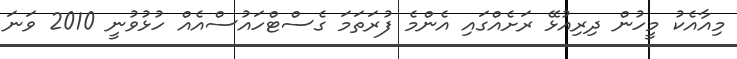
މިއާއެކު މީހުން ދިރިއުޅޭ ރަށެއްގައި އެންމެ ފުރަތަމަ ގެސްޓްހައުސްއެއް ހުޅުވުނީ 2010 ވަނަ